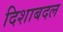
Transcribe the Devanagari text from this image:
दिशाबदल